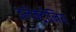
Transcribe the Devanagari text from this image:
इलेक्ट्रोनिय